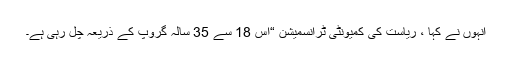
انہوں نے کہا ، ریاست کی کمیونٹی ٹرانسمیشن “اس 18 سے 35 سالہ گروپ کے ذریعہ چل رہی ہے۔